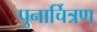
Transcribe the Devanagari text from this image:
पुनार्चित्रण